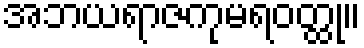
အဘယရာဇကုမရဝတ္ထု။